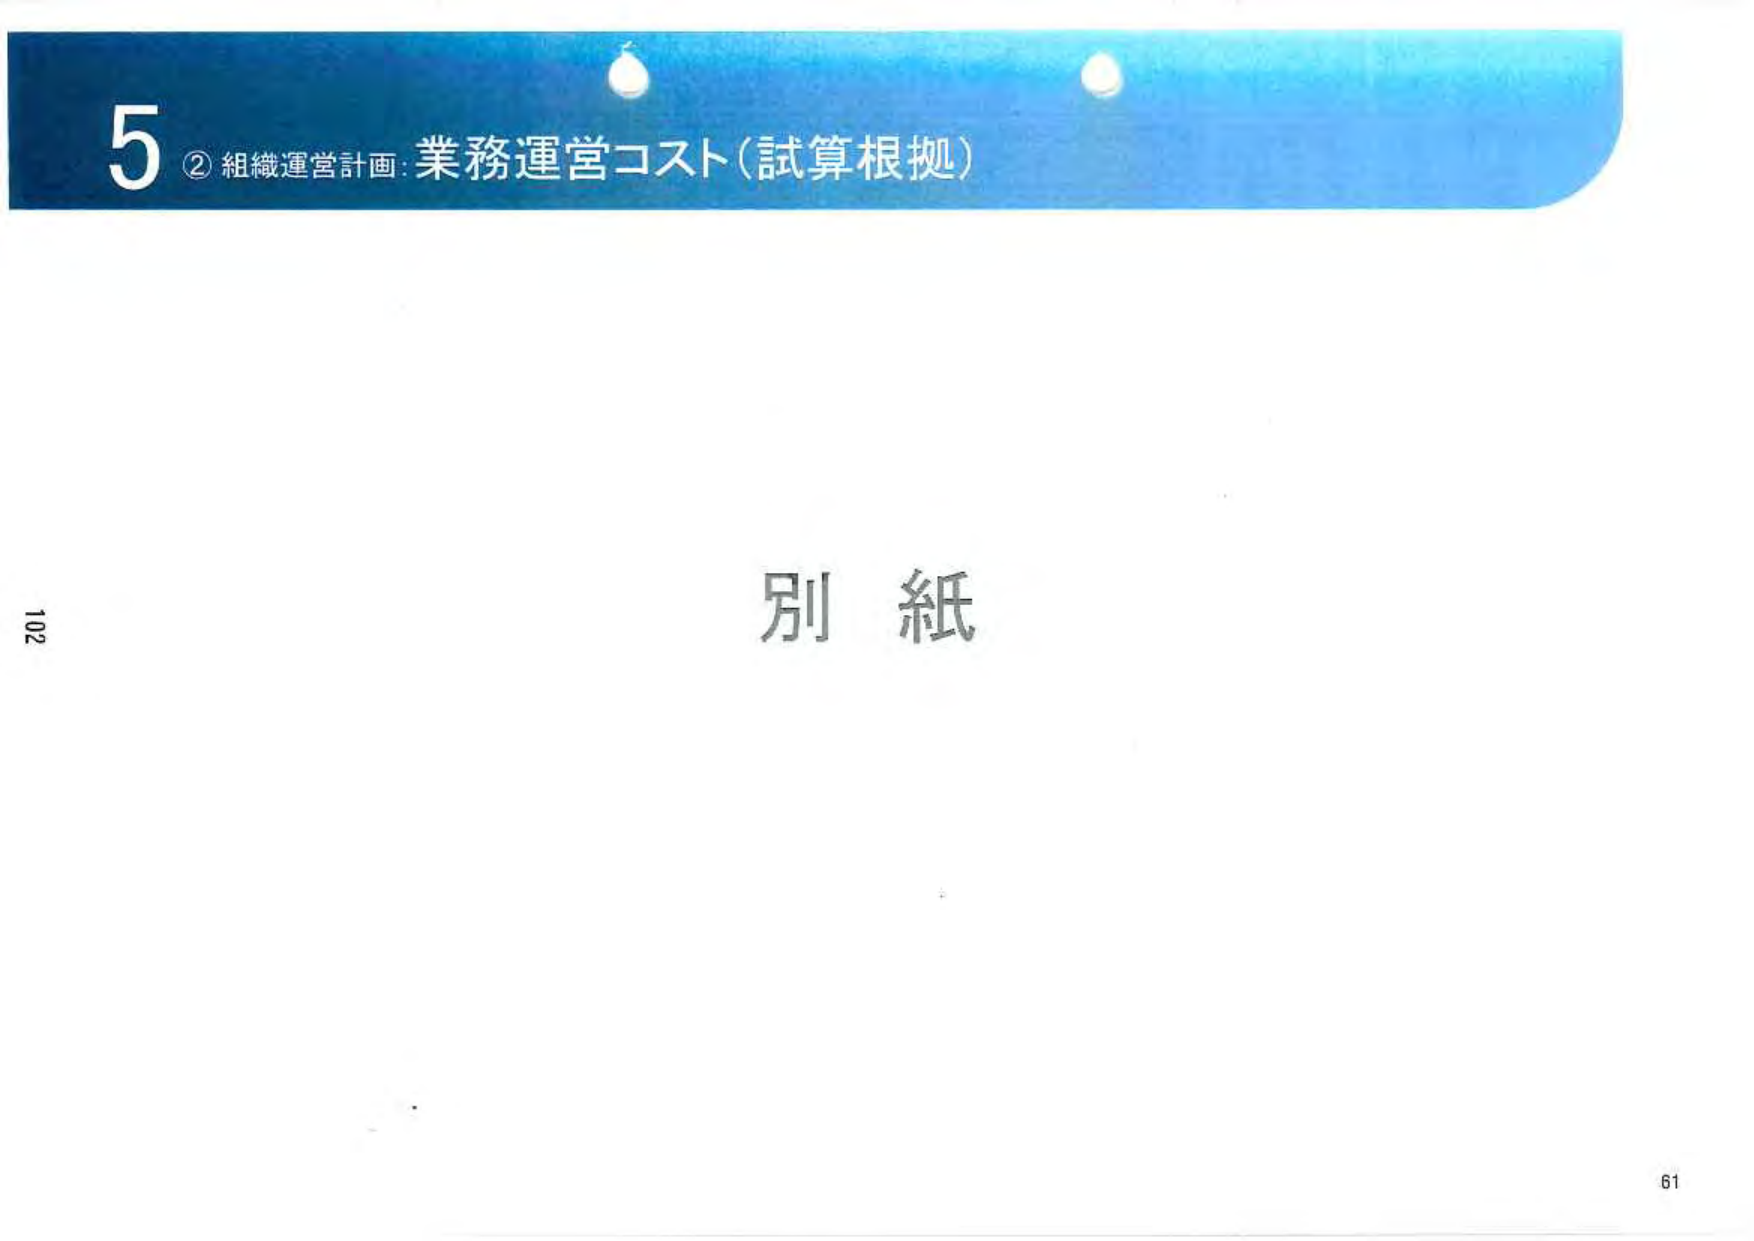
5 ② 組織運営計画：業務運営コスト（試算根拠）

別紙

102
61